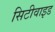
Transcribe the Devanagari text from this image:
सिटीवाइड